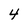
Character: 4